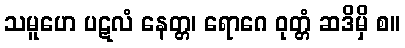
သမူဟေ ပဋလံ နေတ္တ၊ ရောဂေ ဝုတ္တံ ဆဒိမှိ စ။